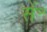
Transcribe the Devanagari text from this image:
सें॰